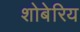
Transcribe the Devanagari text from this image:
शोबेरिय